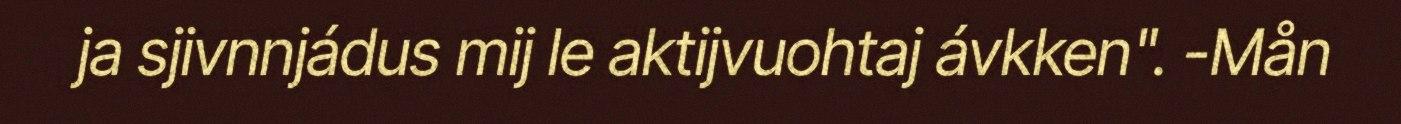
ja sjivnnjádus mij le aktijvuohtaj ávkken". -Mån